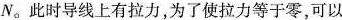
N。此时导线上有拉力，为了使拉力等于零，可以